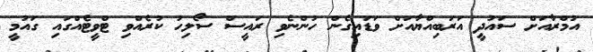
އުމްރާއަށް ސައުދީ އަރަބިއްޔާއަށް ވަޑައިގެން ހުންނެވި ރައީސް ސޯލިހު ކުރެއްވި ޓްވީޓެއްގައި ގައުމީ